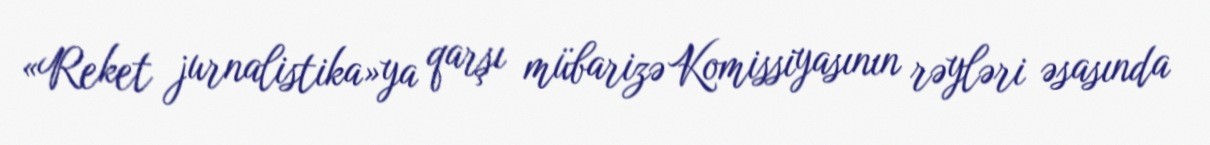
«Reket jurnalistika»ya qarşı mübarizə Komissiyasının rəyləri əsasında